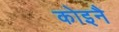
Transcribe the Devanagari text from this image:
कोइनै